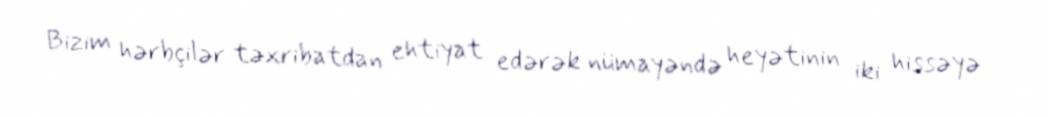
Bizim hərbçilər təxribatdan ehtiyat edərək nümayəndə heyətinin iki hissəyə